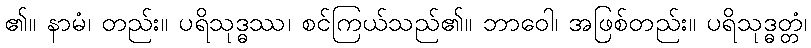
၏။ နာမံ၊ တည်း။ ပရိသုဒ္ဓဿ၊ စင်ကြယ်သည်၏။ ဘာဝေါ၊ အဖြစ်တည်း။ ပရိသုဒ္ဓတ္တံ၊